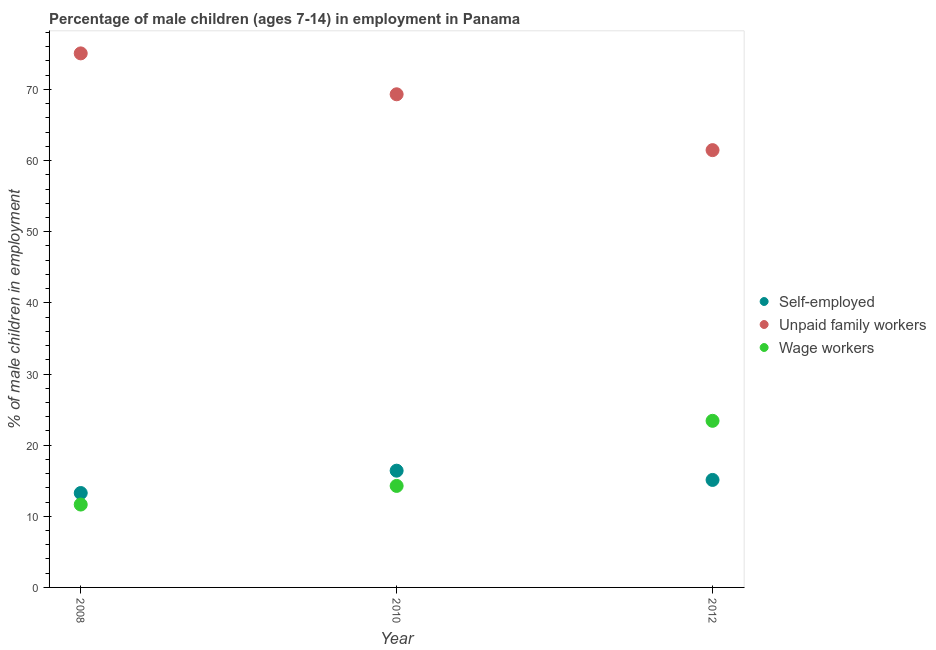
| Year | Self-employed | Unpaid family workers | Wage workers |
 | --- | --- | --- | --- |
 | 2008 | 13.3 | 75.1 | 11.7 |
 | 2010 | 16.4 | 69.3 | 14.3 |
 | 2012 | 15.1 | 61.5 | 23.4 |